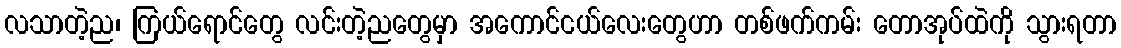
လသာတဲ့ည၊ ကြယ်ရောင်တွေ လင်းတဲ့ညတွေမှာ အကောင်ငယ်လေးတွေဟာ တစ်ဖက်ကမ်း တောအုပ်ထဲကို သွားရတာ